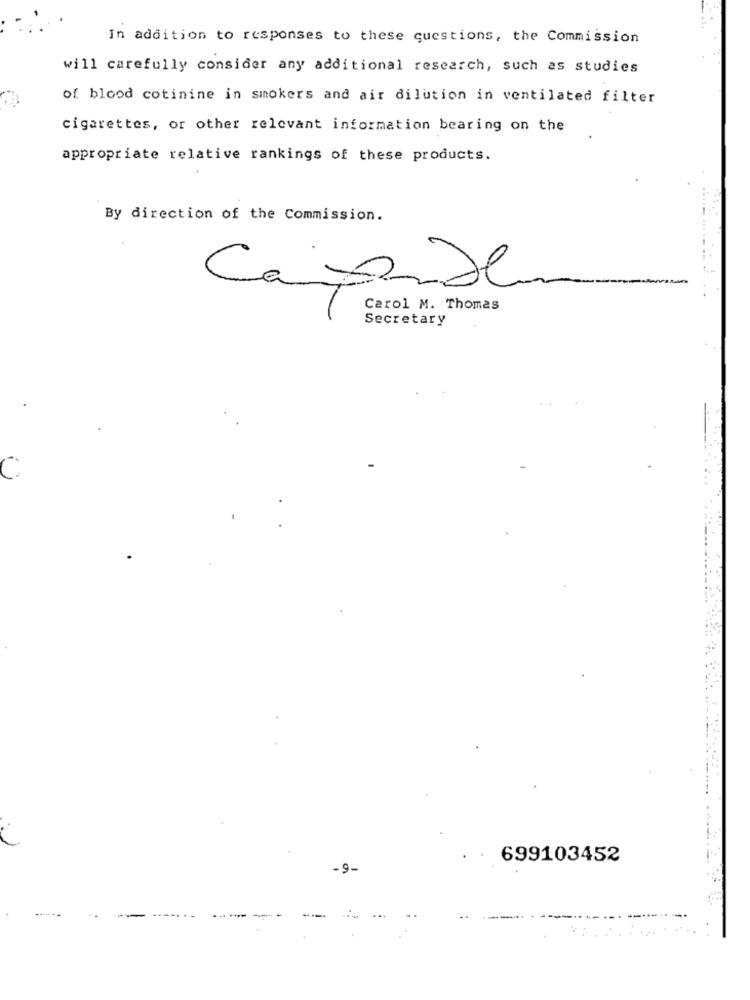
In addition to responses to these questions, the Commission
will carefully consider any additional research, such as studies
of blood cotinine in smokers and air dilution in ventilated filter
cigarettes, or other relevant information bearing on the
appropriate relative rankings of these products.
By direction of the Commission.
Cajade
Carol M. Thomas
Secretary
699103452
-9-